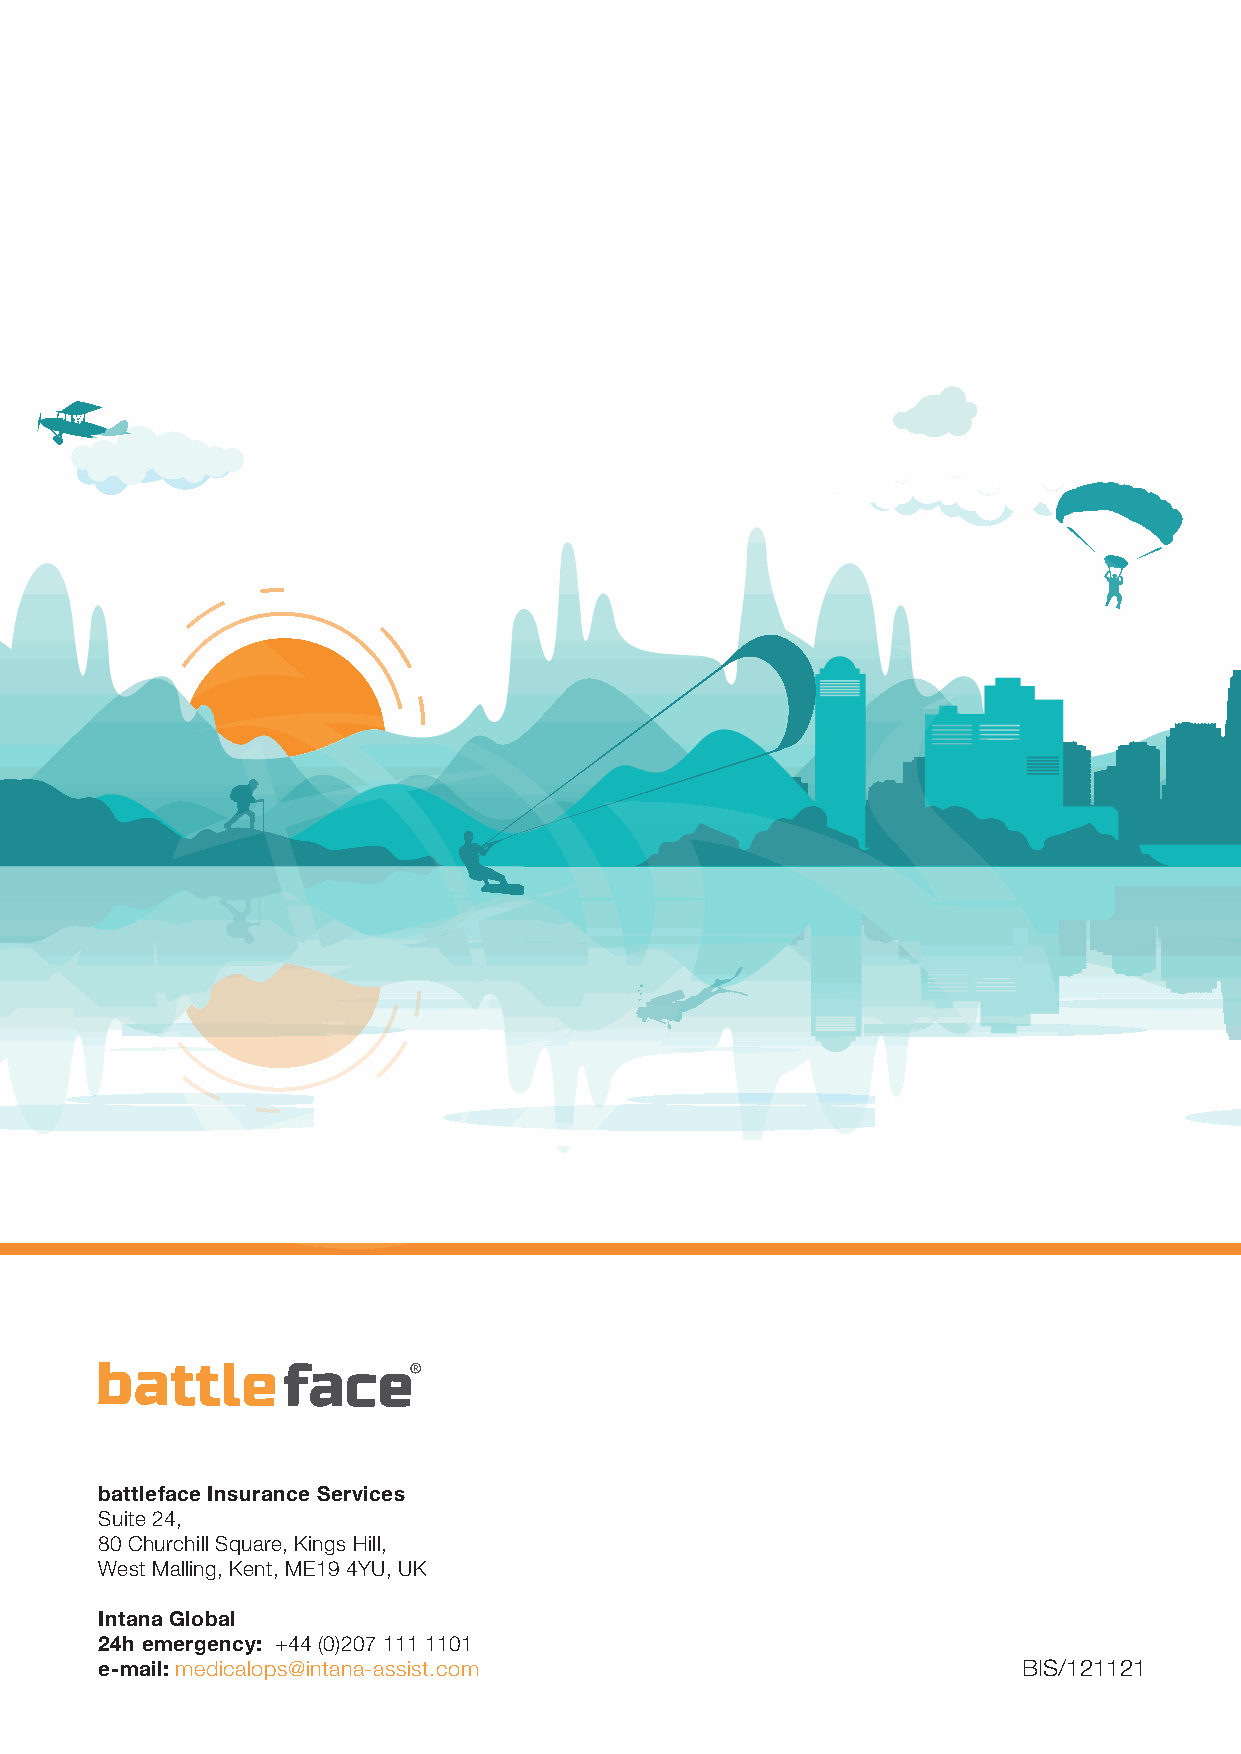
battleface Insurance Services
 Suite 24,
 80 Churchill Square, Kings Hill,
 West Malling, Kent, ME19 4YU, UK
 Intana Global
 24h emergency: +44 (0)207 111 1101
 e-mail: medicalops@intana-assist.com                         BIS/121121